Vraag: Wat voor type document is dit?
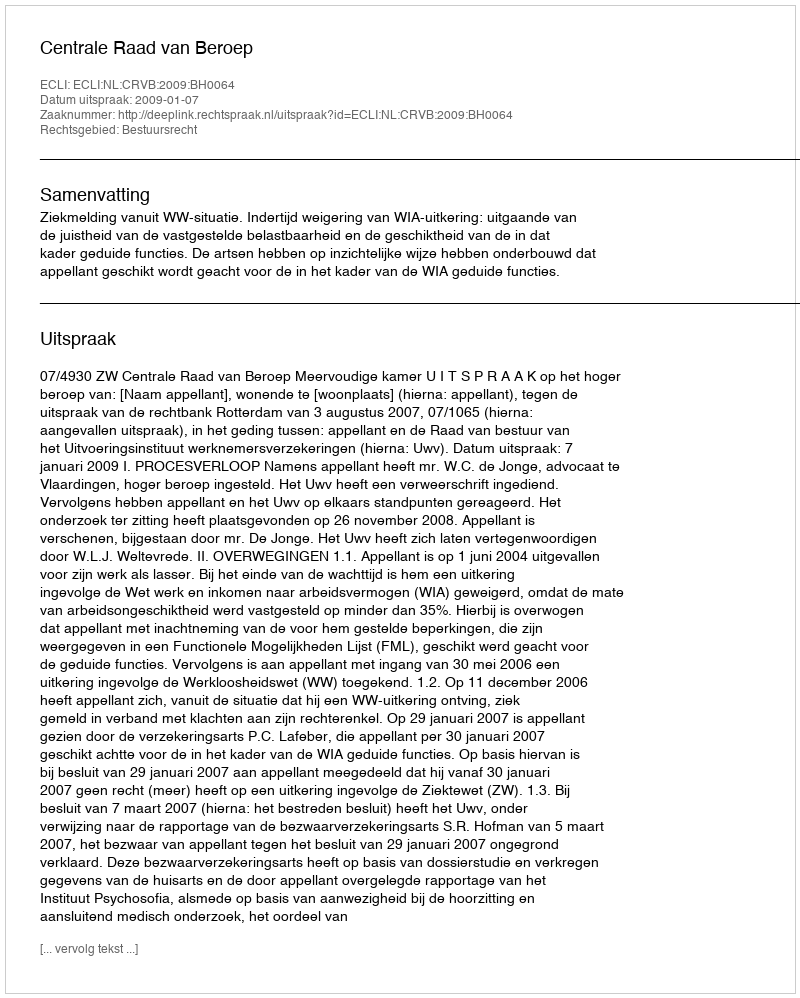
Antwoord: Uitspraak